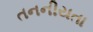
તનનીયતા